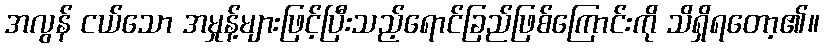
အလွန် ငယ်သော အမှုန့်များဖြင့်ပြီးသည့်ရောင်ခြည်ဖြစ်ကြောင်းကို သိရှိရတော့၏။